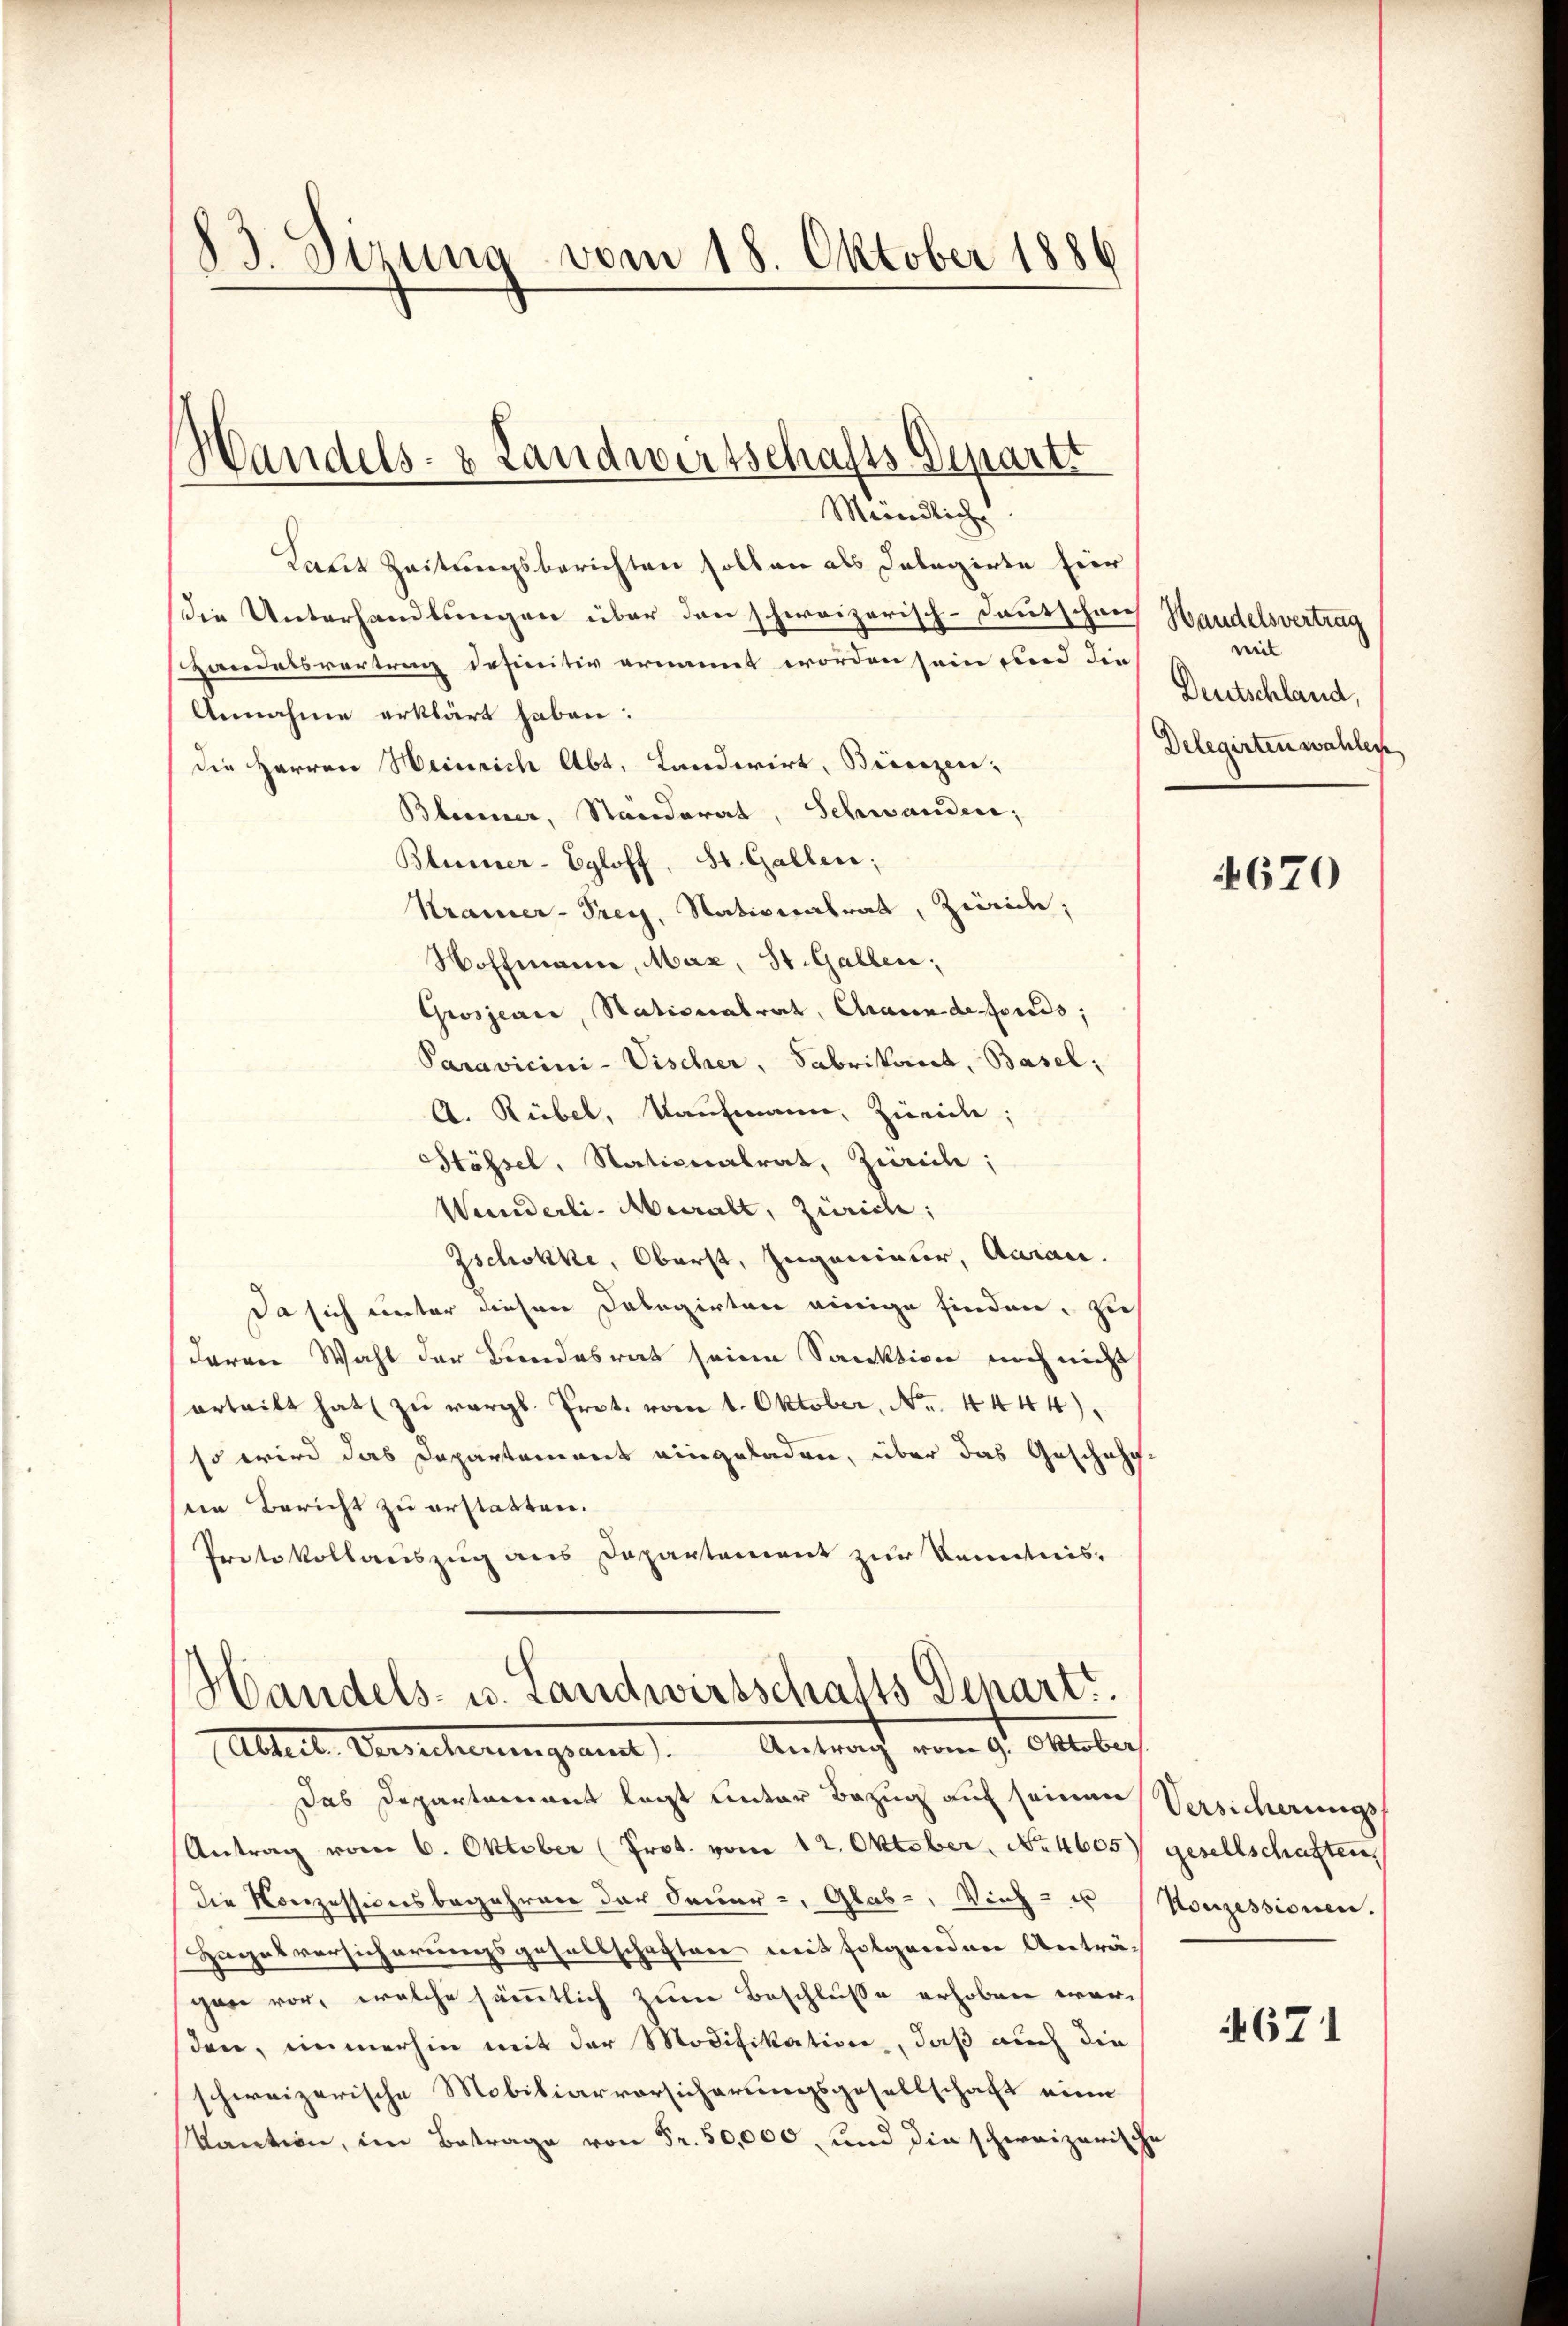
83. Sizung vom 18. Oktober 1886

Laut Zeitungsberichten soll an als Delegirte für
die Unterhandlungen über den schweizerisch-Deutschrech Handelsvertrag
Handelsvertrag definitiv ernannt worden sein und die
Annahme erklärt haben:
die Herren Heinrich Abt. Landerirt, Birsezen,
Blasier, Ständerat, Schwanden;
Blumer-Egloff, St. Gallen;
Kramer-Prey, Nationalrat, Zwicke;
Hoffmann, Max, St. Gallen;
Grosjean, Stationalrat, Charin de fonds;
Paravicini-Vischer, Fabrikant, Basel;
A. Rübel, Kaufmann, Zürich;
Stössel, Nationalrat, Zürich;
Wanderli- Muralt, Zürich;
Zschokke, Oberst, Ingenieur, Aarau.
Da sich unter diesen Delegirten einige finden, zu
deren Wahl der Bundesrat seine Sanktion noch nicht
erteilt hat zu vergl. Prot. vom 1. Oktober, No. 4444)
so wird das Departement eingeladen, über das Geschähe
g
sein Bericht zu erstatten.
Protokollauszug aus Departement zur Kenntnis-

Handels- & Landwirtschafts-Depart
Mündliche

Handels- u. Landwirtschafts Depart.
Abteil. Verehrungsamt Antrach vom 9. Oktober

Das Departamant legt unter Bezug auf seinen Versicherungs¬
Antrag vom 6. Oktober (Prot. vom 12. Oktober, No. 4605) gesellschaften,
Die Konzessionsbegehren der Oecour-, Glab-, Vieh- u
Zagesversicherungsgesellschaften mit folgenden Anträgen vor, welche sämmtlich zum Beschlusse erhoben worden, immerhin mit der Modifikation, daß auch die
schweizerische Mobiliarvorsicherungsgesellschaft eine
kaution, im Betrage von Fr. 50,000 und die schweizerische

mit
Deutschland,
Delegirten wahlese

4670

Konzessionen.

4671